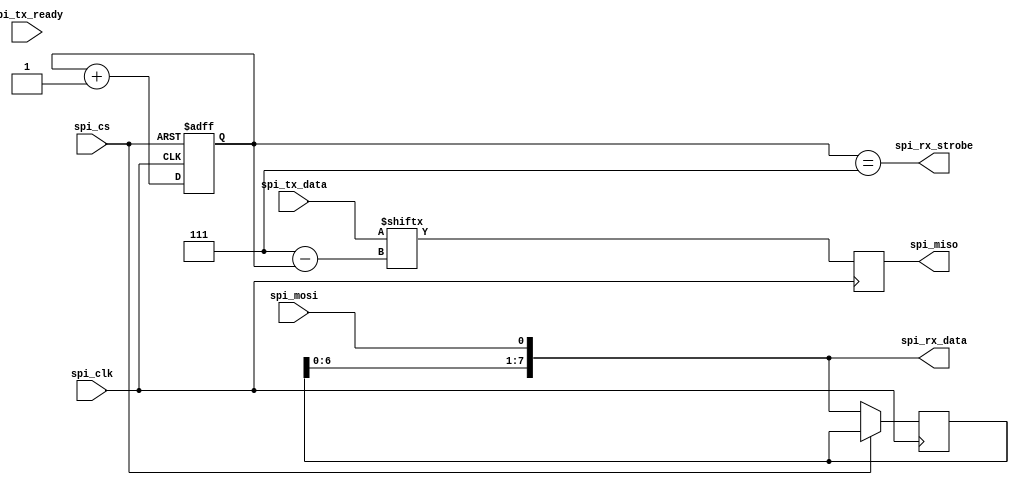
module spi_device(
	input	spi_clk,
	input	spi_cs,
	input	spi_mosi,
	output	spi_miso,
	output	spi_rx_strobe,
	output [7:0] spi_rx_data,
	input 	spi_tx_ready,
	input [7:0] spi_tx_data
);
	reg [2:0]     bit_count;
	reg [7:0]     mosi_reg;
	reg spi_miso;

	// these are unlatched so that they are available immediately
	assign spi_rx_strobe = bit_count == 7;
	assign spi_rx_data = { mosi_reg[6:0], spi_mosi };

	always @(posedge spi_clk or posedge spi_cs)
	begin
		if (spi_cs) begin
			// anytime the spi_cs goes high, reset the bit count
			bit_count <= 0;
		end else
		begin
			// shift in the rx data on the rising edge
			bit_count <= bit_count + 1;
			mosi_reg <= spi_rx_data;
		end
	end

	always @(negedge spi_clk) begin
		// shift out the tx data on the falling edge
		spi_miso <= spi_tx_data[7-bit_count];
	end
endmodule